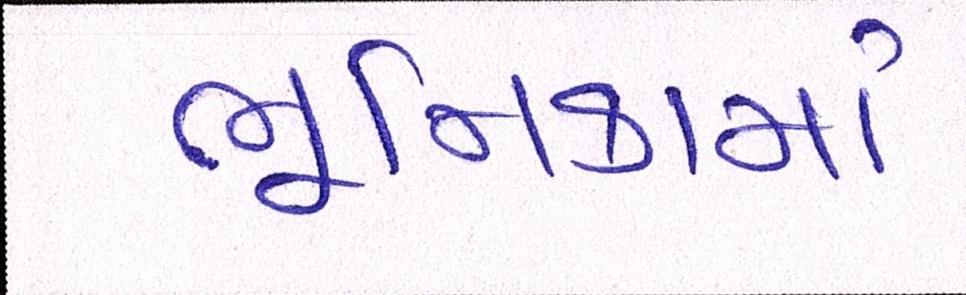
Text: ભૂમિકામાં